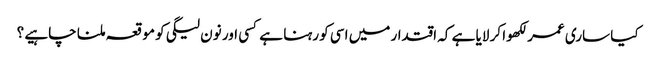
کیا ساری عمر لکھوا کر لایا ہے کہ اقتدار میں اسی کو رہنا ہے کسی اور نون لیگی کو موقعہ ملنا چاہیے ؟